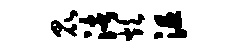
昆渚炊沮